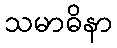
သမာဓိနာ